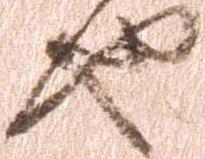
也